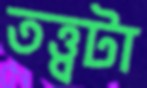
তত্ত্বটা